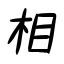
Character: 相